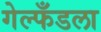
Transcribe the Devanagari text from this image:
गेल्फँडला